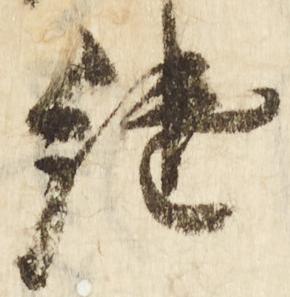
継